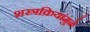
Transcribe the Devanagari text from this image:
शस्त्रक्रियांमुळे